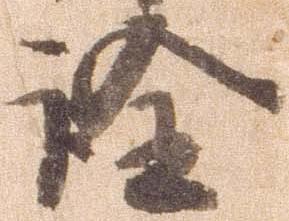
詮